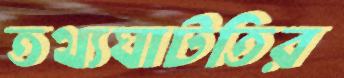
তথ্যঘাটতির